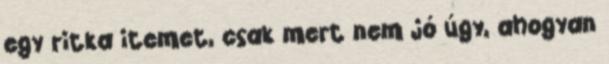
egy ritka itemet, csak mert nem jó úgy, ahogyan